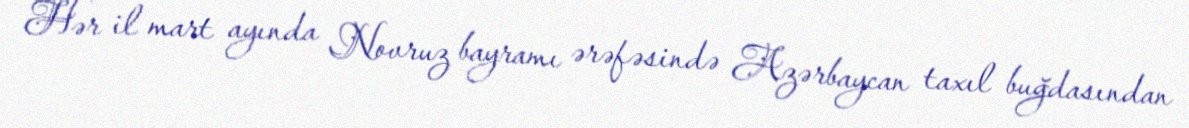
Hər il mart ayında Novruz bayramı ərəfəsində Azərbaycan taxıl buğdasından